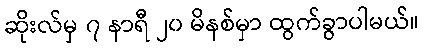
ဆိုးလ်မှ ၇ နာရီ ၂၀ မိနစ်မှာ ထွက်ခွာပါမယ်။